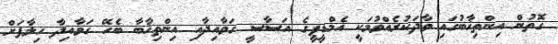
ގޮތުން އިންތިޚާބުގައި ވާދަކުރެއްވުމަކީ އެމްޑީޕީގެ އަސާސީ ގަވާއިދާއި އިންތިޚާބާ ބެހޭ ގަވާއިދާ ހިލާފަށް